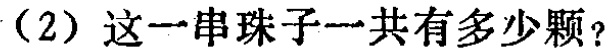
（2）这一串珠子一共有多少颗？